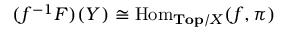
( f ^ { - 1 } F ) ( Y ) \cong \operatorname { H o m } _ { \mathbf { T o p } / X } ( f , \pi )